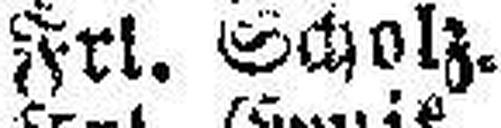
Frl. Scholz.